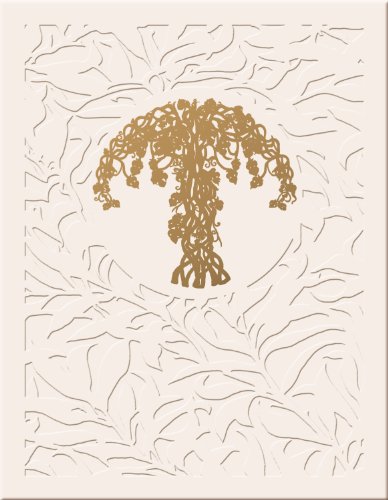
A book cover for The Rite of Marriage Complete Set; Joseph M. Champlin; Christian Books & Bibles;